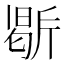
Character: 𭤥